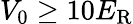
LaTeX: V_{0}\geq 10E_{\mathrm{R}}